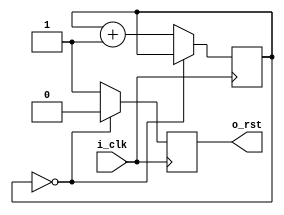
`timescale 1ns / 1ps
//////////////////////////////////////////////////////////////////////////////////
// Company: 
// Engineer: 
// 
// Design Name: 
// Module Name: rst_gen_module
// Project Name: 
// Target Devices: 
// Tool Versions: 
// Description: 
// 
// Dependencies: 
// 
// Revision:
// Revision 0.01 - File Created
// Additional Comments:
// 
//////////////////////////////////////////////////////////////////////////////////


module rst_gen_module#(
    parameter P_RST_CYCLE  =  1
)(
    input     i_clk             ,
    output    o_rst  
    );  

reg        ro_rst = 1      ;
reg [15:0] r_cnt  = 0      ;

assign     o_rst = ro_rst  ;

always @(posedge i_clk)begin
    if(r_cnt == P_RST_CYCLE - 1 || P_RST_CYCLE == 0)
        r_cnt <= r_cnt;
    else
        r_cnt <= r_cnt + 1;
end

always @(posedge i_clk)begin
    if(r_cnt == P_RST_CYCLE - 1 || P_RST_CYCLE == 0)
        ro_rst <= 0;
    else
        ro_rst <= 1;
end

endmodule